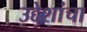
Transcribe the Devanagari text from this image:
उद्देशांचा